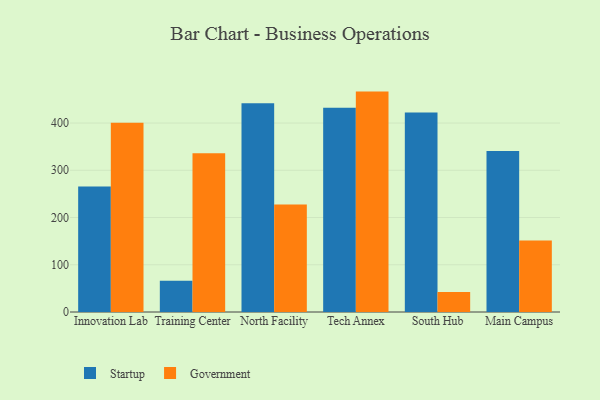
{"axis": {"x": "Campus", "y": "Operating Costs (USD K)"}, "legend": ["Government", "Startup"], "data": [{"x": "Innovation Lab", "y": 265.5, "type": "Startup"}, {"x": "Innovation Lab", "y": 400.7, "type": "Government"}, {"x": "Training Center", "y": 66.1, "type": "Startup"}, {"x": "Training Center", "y": 336.3, "type": "Government"}, {"x": "North Facility", "y": 442.1, "type": "Startup"}, {"x": "North Facility", "y": 227.4, "type": "Government"}, {"x": "Tech Annex", "y": 432.3, "type": "Startup"}, {"x": "Tech Annex", "y": 466.6, "type": "Government"}, {"x": "South Hub", "y": 422.1, "type": "Startup"}, {"x": "South Hub", "y": 42.3, "type": "Government"}, {"x": "Main Campus", "y": 340.8, "type": "Startup"}, {"x": "Main Campus", "y": 151.4, "type": "Government"}]}